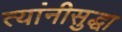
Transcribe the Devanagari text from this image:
त्यांनीसुद्धा